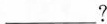
_________?